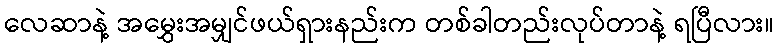
လေဆာနဲ့ အမွှေးအမျှင်ဖယ်ရှားနည်းက တစ်ခါတည်းလုပ်တာနဲ့ ရပြီလား။